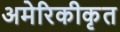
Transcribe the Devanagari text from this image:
अमेरिकीकृत